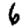
Digit: 6